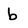
Character: b